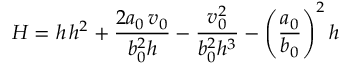
{ \cal H } = h \, h ^ { 2 } + \frac { 2 a _ { 0 } \, v _ { 0 } } { b _ { 0 } ^ { 2 } h } - \frac { v _ { 0 } ^ { 2 } } { b _ { 0 } ^ { 2 } h ^ { 3 } } - \left( \frac { a _ { 0 } } { b _ { 0 } } \right) ^ { 2 } h